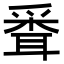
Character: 𦖗